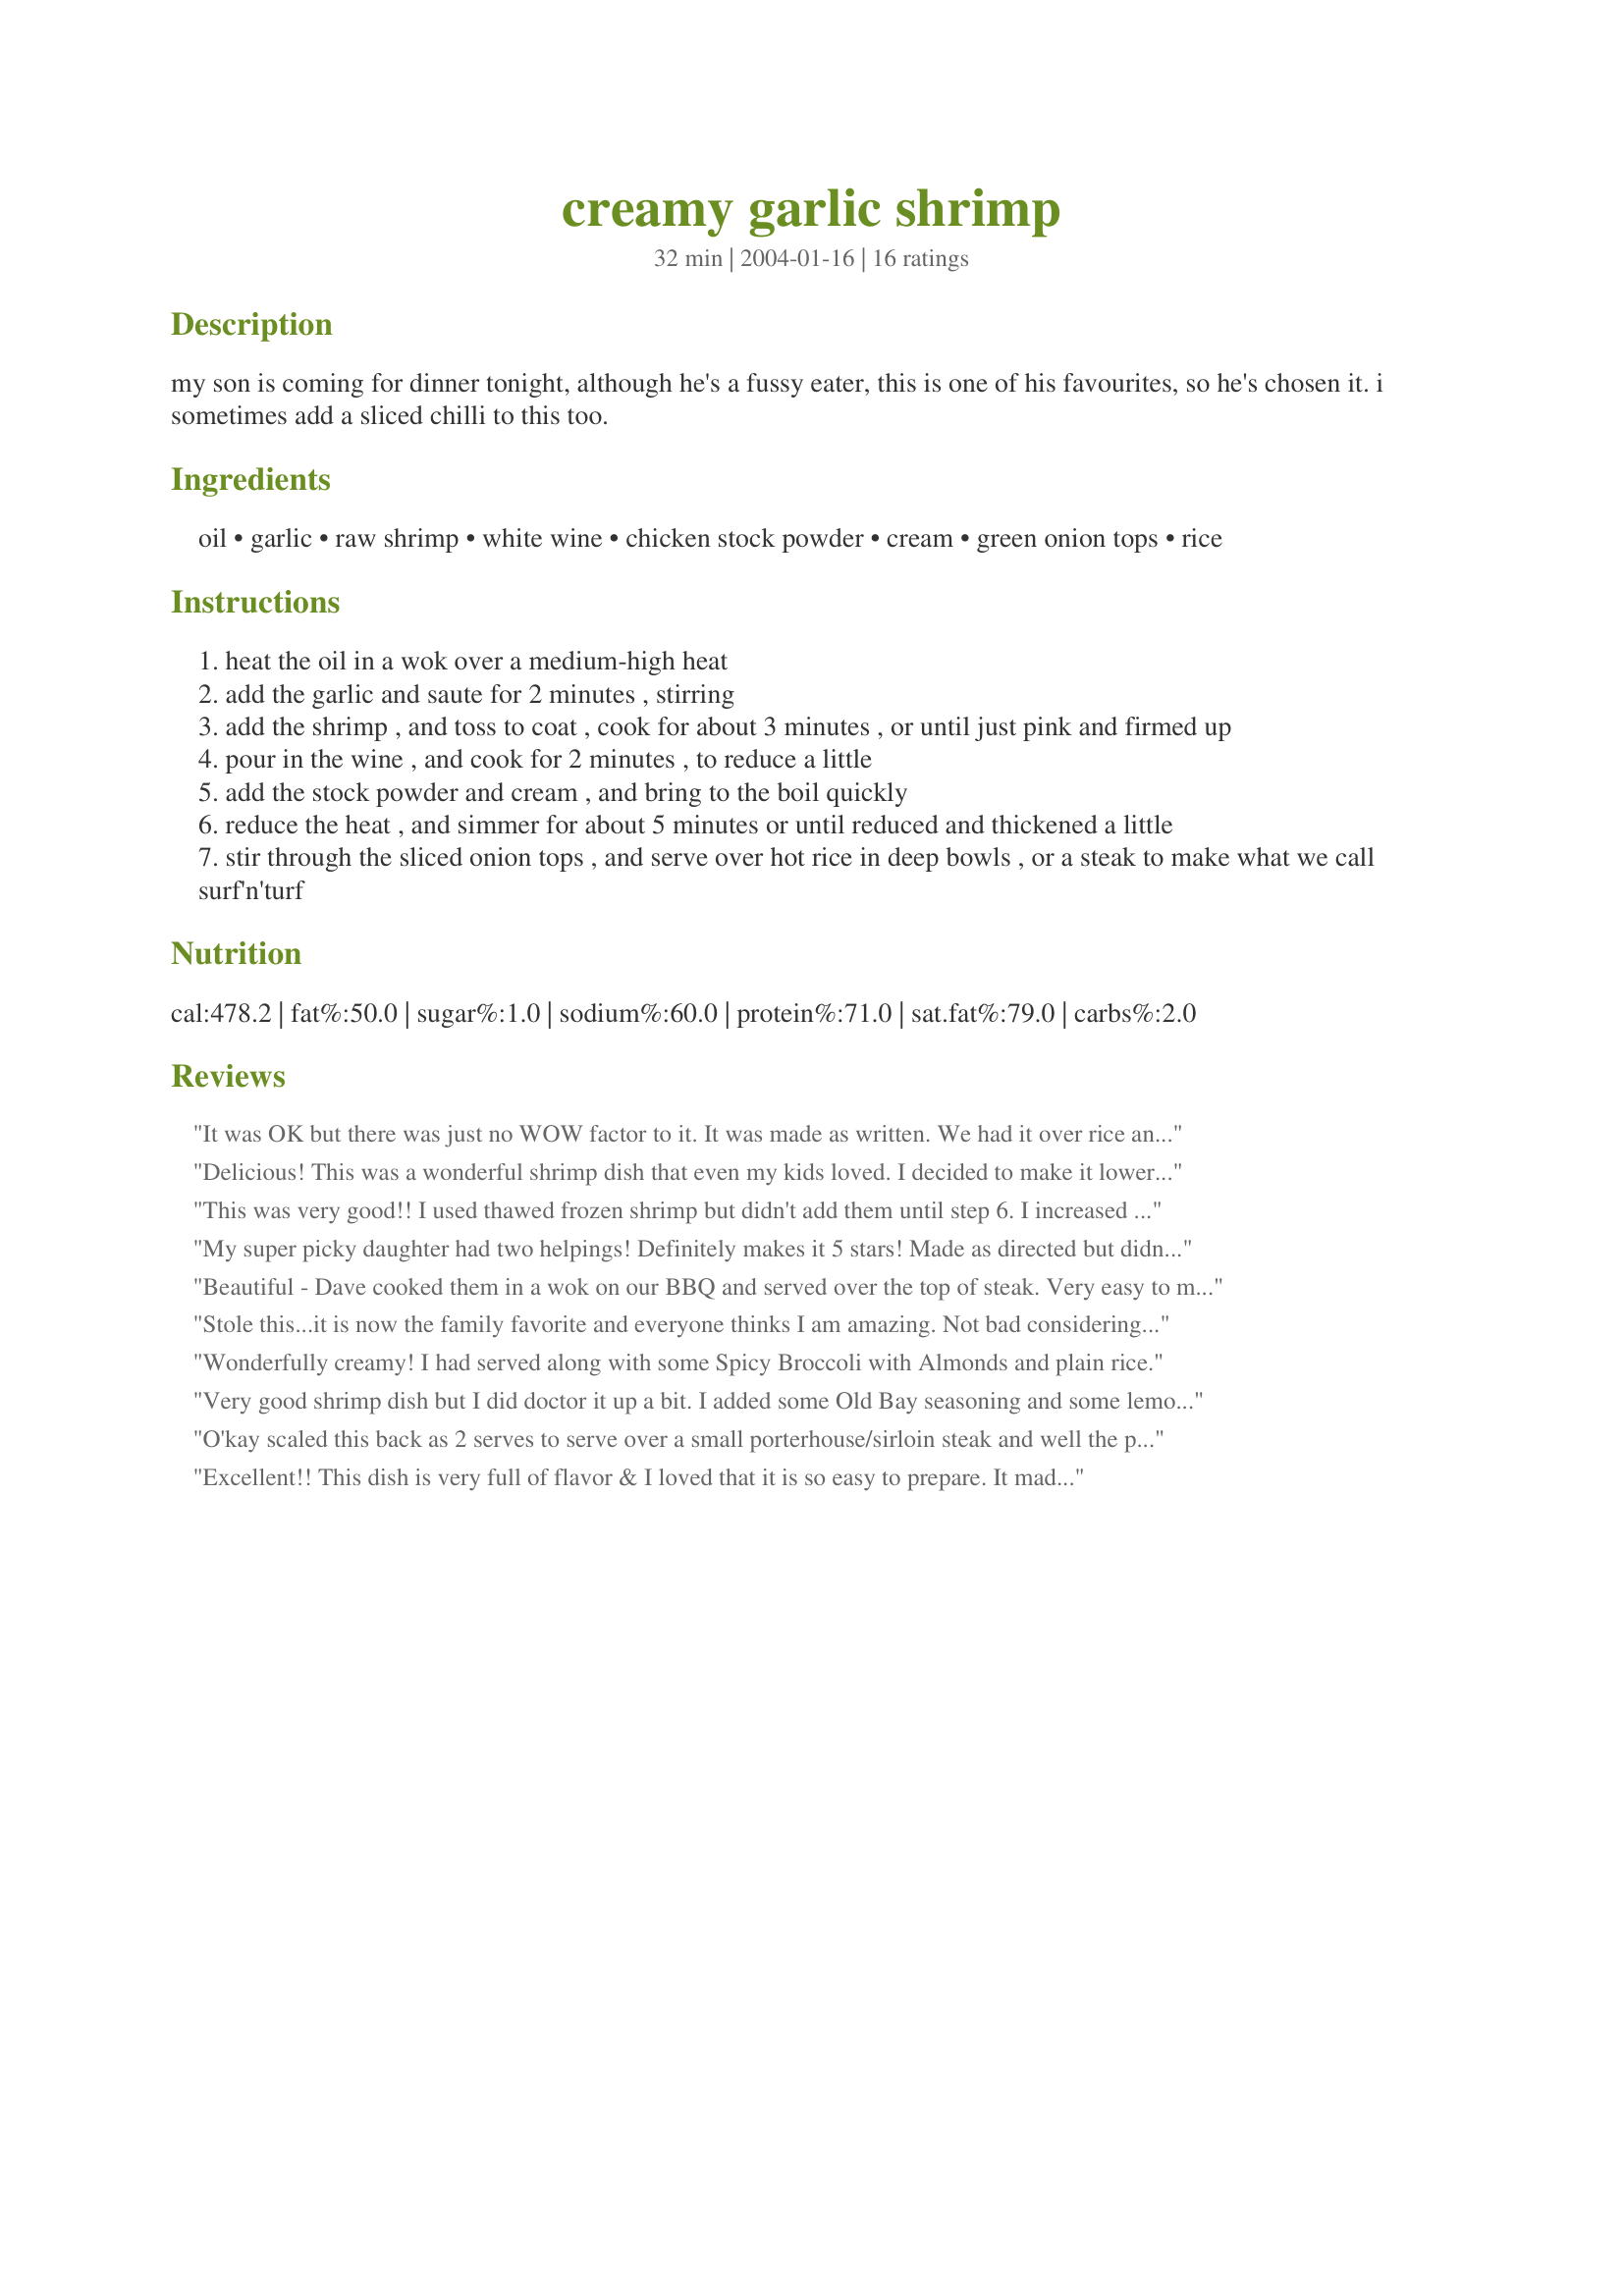
creamy garlic shrimp
Preparation time: 32 minutes

my son is coming for dinner tonight, although he's a fussy eater, this is one of his favourites, so he's chosen it. i sometimes add a sliced chilli to this too.

Ingredients:
oil, garlic, raw shrimp, white wine, chicken stock powder, cream, green onion tops, rice

Steps:
heat the oil in a wok over a medium-high heat
add the garlic and saute for 2 minutes , stirring
add the shrimp , and toss to coat , cook for about 3 minutes , or until just pink and firmed up
pour in the wine , and cook for 2 minutes , to reduce a little
add the stock powder and cream , and bring to the boil quickly
reduce the heat , and simmer for about 5 minutes or until reduced and thickened a little
stir through the sliced onion tops , and serve over hot rice in deep bowls , or a steak to make what we call surf'n'turf

Reviews:
It was OK but there was just no WOW factor to it. It was made as written. We had it over rice and ended up doctoring it a bit with some fresh grated Parmesan.
Delicious! This was a wonderful shrimp dish that even my kids loved. I decided to make it lower in fat by using fat-free half and half instead of cream. This substitution did make the sauce watery, but it was worth it to reduce the fat. If I was making this for company, I would make it with real cream. At first I was afraid the amount of garlic would be too much, but it was perfect. I served the shrimp over brown rice. Yum!
This was very good!! I used thawed frozen shrimp but didn't add them until step 6. I increased the garlic by 1 more teaspoon, added 1/4 tsp. white pepper, & a pinch of salt. I served this over linguine.
My super picky daughter had two helpings! Definitely makes it 5 stars! Made as directed but didn't have green onions--still delicious. Squeezed a slice of lemon over the top before serving. Very creamy and scampi-like.
Beautiful - Dave cooked them in a wok on our BBQ and served over the top of steak. Very easy to make and quick to cook. Thanks Jan!
Stole this...it is now the family favorite and everyone thinks I am amazing. Not bad considering this is simple to make, gourmet in taste and it takes longer to shell the shrimp than it does to cook it LOL Keys for me are using shrimp that are not shelled/deveined until I am ready to cook them...if you can get fresh...so much the better. But if you have to buy frozen don't buy the pre-cooked. I barely sear the shrimp before adding the wine and cream. Don't want them overcooked and it only takes a couple minutes to get them done. I then remove the shrimp, fire up the heat to thicken the cream sauce, shut it down and pour it over the shrimp. I lay down a bed of angle hair pasta or wild rice and then top it with this creamy garlic shimp and people think I am a 5 star chef! Thanks JustJanS You made me a hero with this one! :)
Wonderfully creamy! I had served along with some Spicy Broccoli with Almonds and plain rice.
Very good shrimp dish but I did doctor it up a bit. I added some Old Bay seasoning and some lemon juice. I did serve it over rice with coconut and cumin and peas in it. May try it over pasta next time.
O'kay scaled this back as 2 serves to serve over a small porterhouse/sirloin steak and well the prawns/shrimp became the star of the show (I served 5 over the steak and the other 3 were to the side of plate) but I devoured the prawns/shrimp and had about a mouthful of the steak. For the prawns though our times were definately different (could be because of sized medium Mandurah [local area] prawns) but sauted off the garlic for the 2 minutes but the prawns only needed less than a minute, poured in the wine and it almost instantly reduced 30 seconds and the added cream and stock and simmer for about 5 minutes and OMG it was so delicious and we just salivated through every bite. Thank you Jan, made for Make My Recipe - Editin 14.
Excellent!! This dish is very full of flavor & I loved that it is so easy to prepare. It made a terrific dinner on a busy night. I served the shrimp on birds nest pasta with steamed broccoli & french bread. I will make this again!!
Absolutely yummy! My husband gives this dish two thumbs up. I had to cook the sauce a little longer than indicated in order to reduce it but otherwise I followed the recipe exactly and it came out great. Thanks for sharing, Jan!
I don't even know how to express how delicious this recipe was.
Added a little extra garlic and left to reduce for a little longer, but served over fresh fettucine it was absolutely divine. The overall creamy garlic flavour is very similar to the potato bake I make. Delicious!
I had never cooked shrimp before, so I took this recipe and adjusted it to ingredients on hand. It tasted like a creamy garlic shrimp dish I order at a local restaurant. Yum!
utterly decadent and wonderful!
picked up some cheap scallops and farmed prawns yesterday, had a few left, used this recipe to top a porterhouse steak. I added a teaspoon of Chrissyo's chilli sauce.
Couldnt have bread, (damn doctors)and I only used about 2 tablespoons of cream.
I cant recomend this for "company" as then you wouldnt be able to slurp the extra sauce straight from the plate!!!!
Simply stated, this recipe is fantastic! Easy to make. We had it with bbq'd steak for a surf 'n turf dinner with our neighbors-everyone loved it. Will be making this recipe often!
This went down very well, creamy and rich, easy and guests approved. This wasn't difficult to make and it's an excellent way to serve shrimp.
Please see my Rating System: 4 wonderful stars for a very tasty dish that everyone enjoyed. Thanks!
